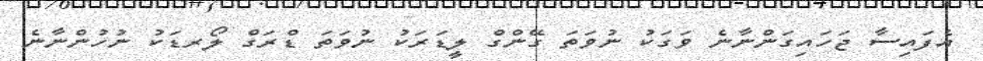
އެފައިސާ ޖަހައިގަންނާނެ ވަގަކު ނުވަތަ ގޭންގް ލީޑަރަކު ނުވަތަ ޑްރަގް ލޯރޑަކު ނުހުންނާނެ